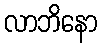
လာဘိနော